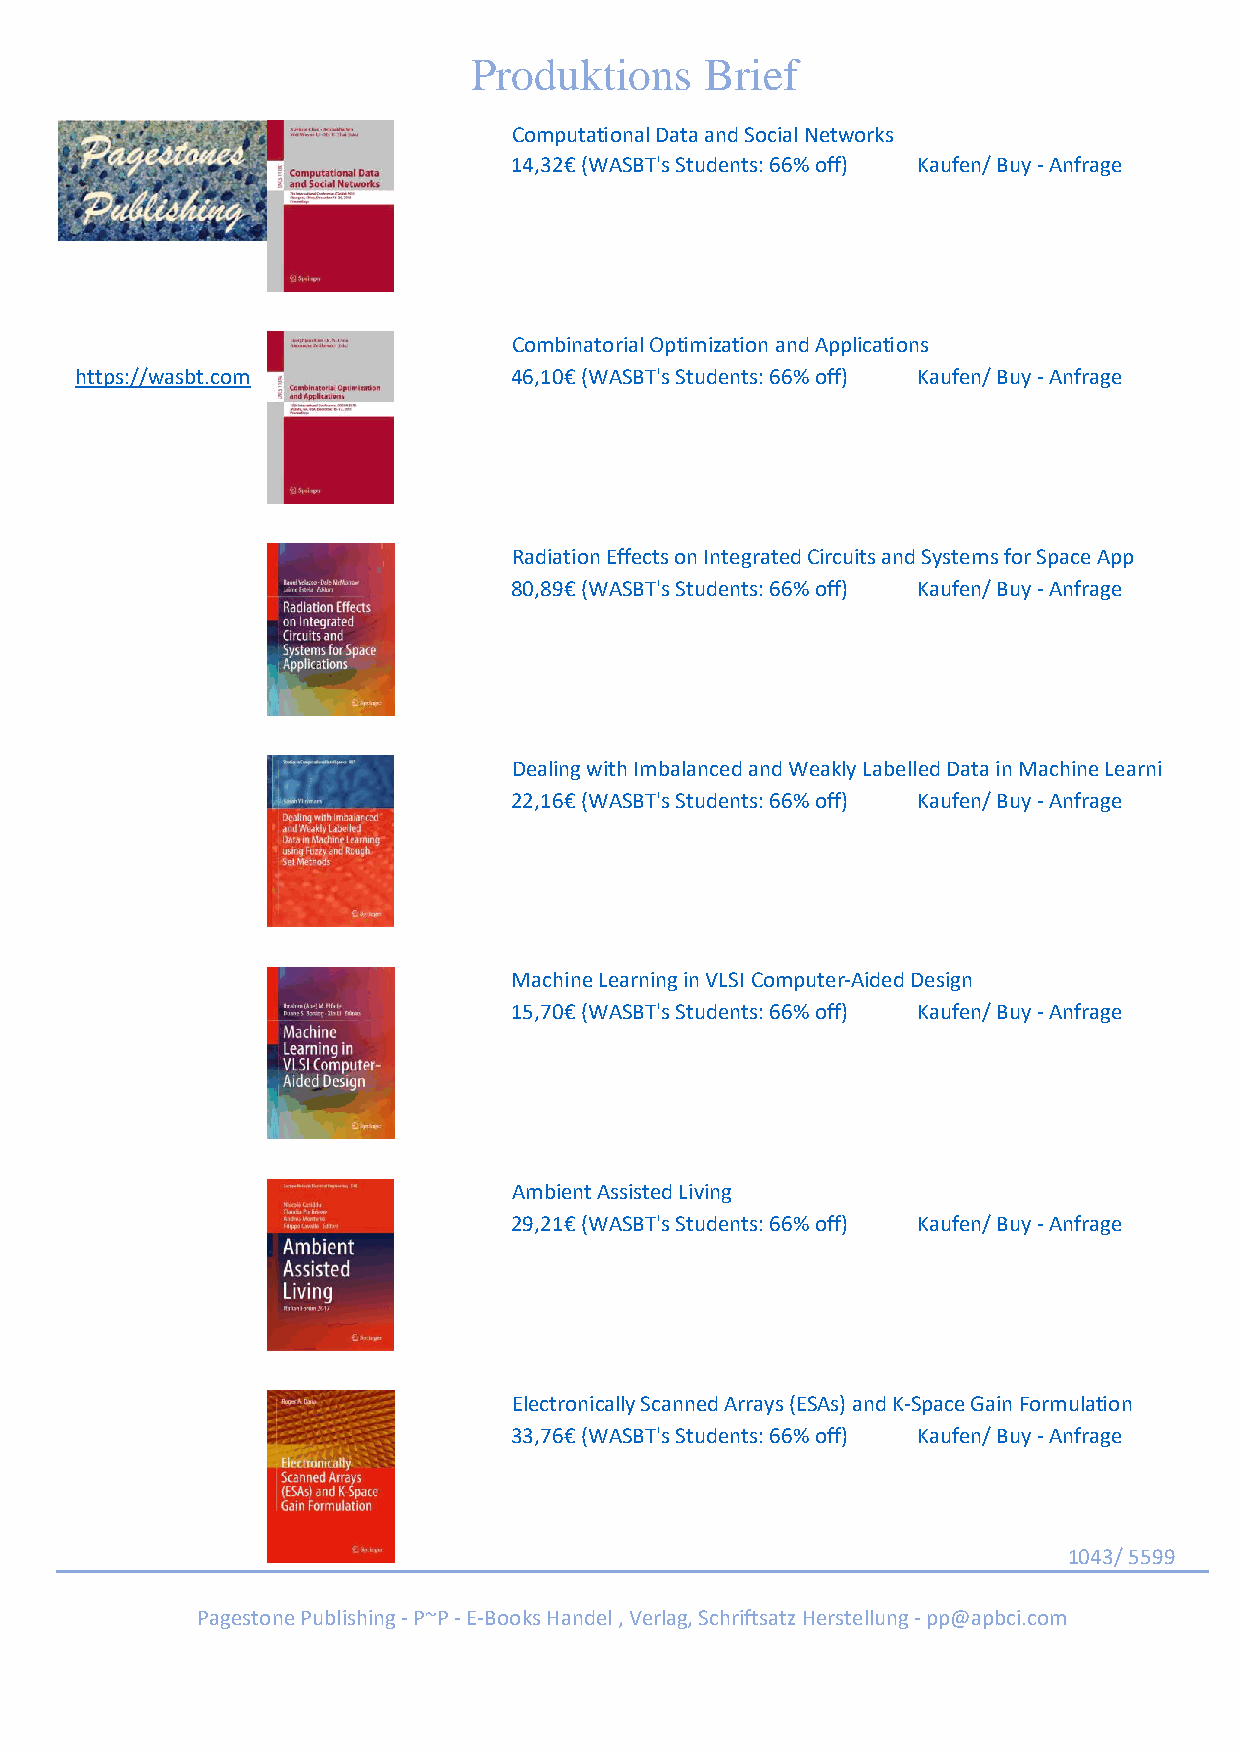
Produktions     Brief
 Computational Data and Social Networks
 14,32€ (WASBT's Students: 66% off) Kaufen/ Buy - Anfrage
 Combinatorial Optimization and Applications
 https://wasbt.com            46,10€ (WASBT's Students: 66% off) Kaufen/ Buy - Anfrage
 Radiation Effects on Integrated Circuits and Systems for Space App
 80,89€ (WASBT's Students: 66% off) Kaufen/ Buy - Anfrage
 Dealing with Imbalanced and Weakly Labelled Data in Machine Learni
 22,16€ (WASBT's Students: 66% off) Kaufen/ Buy - Anfrage
 Machine Learning in VLSI Computer-Aided Design
 15,70€ (WASBT's Students: 66% off) Kaufen/ Buy - Anfrage
 Ambient Assisted Living
 29,21€ (WASBT's Students: 66% off) Kaufen/ Buy - Anfrage
 Electronically Scanned Arrays (ESAs) and K-Space Gain Formulation
 33,76€ (WASBT's Students: 66% off) Kaufen/ Buy - Anfrage
 1043/ 5599
 Pagestone Publishing - P~P - E-Books Handel , Verlag, Schriftsatz Herstellung - pp@apbci.com